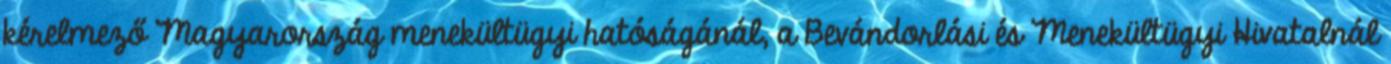
kérelmező Magyarország menekültügyi hatóságánál, a Bevándorlási és Menekültügyi Hivatalnál